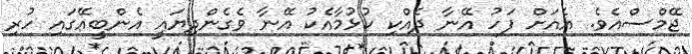
ޖޭމްސްއެވެ. އެއަށް ފަހު އޭނާ ދެއްކި ކުޅުމާއެކު އޭނާ ވެގެންދިޔައީ އެންބީއޭގައި ހުރި